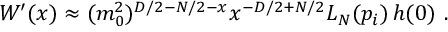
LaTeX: W ^ { \prime } ( x ) \approx ( m _ { 0 } ^ { 2 } ) ^ { D / 2 - N / 2 - x } x ^ { - D / 2 + N / 2 } L _ { N } ( p _ { i } ) \, h ( 0 ) \ .